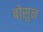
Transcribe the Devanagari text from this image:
बोसुन